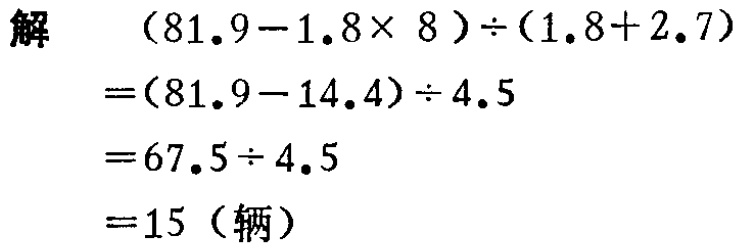
解
\[
\begin{align*}
&(81.9 - 1.8\times 8)\div(1.8 + 2.7)\\
=&(81.9 - 14.4)\div 4.5\\
=&67.5\div 4.5\\
=&15 \text{（辆）}
\end{align*}
\]